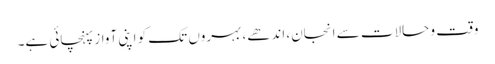
وقت و حالات سے انجان، اندھے، بہروں تک کو اپنی آواز پہنچائی ہے۔